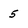
Character: 5